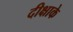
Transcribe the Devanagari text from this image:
दीक्षाके